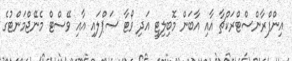
އިންފްރާންސްޓްރަކްޗާ އާއި އާބަން މޮބިލިޓީ އަދި ވޯޓާ ސަޕްލައި އާއި ވޭސްޓް މެނޭޖްމަންޓުގެ